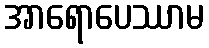
အာရောပေဿာမ